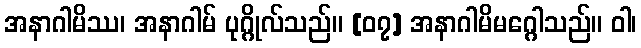
အနာဂါမိဿ၊ အနာဂါမ် ပုဂ္ဂိုလ်သည်။ [၀၇] အနာဂါမိမဂ္ဂေါသည်။ ဝါ၊